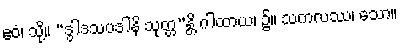
ဧဝံ၊ သို့။ “ဒွါဒသပဒါနိ သုတ္တ”န္တိ ဂါထာယ၊ ၌။ သကလဿ၊ သော။